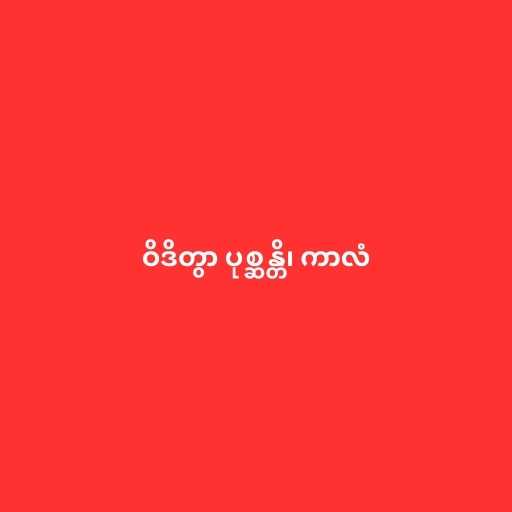
ဝိဒိတွာ ပုစ္ဆန္တိ၊ ကာလံ